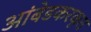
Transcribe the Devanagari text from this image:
आंबेडकरकृत